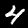
Label: 4